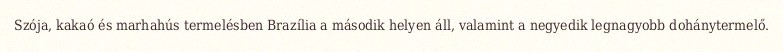
Szója, kakaó és marhahús termelésben Brazília a második helyen áll, valamint a negyedik legnagyobb dohánytermelő.